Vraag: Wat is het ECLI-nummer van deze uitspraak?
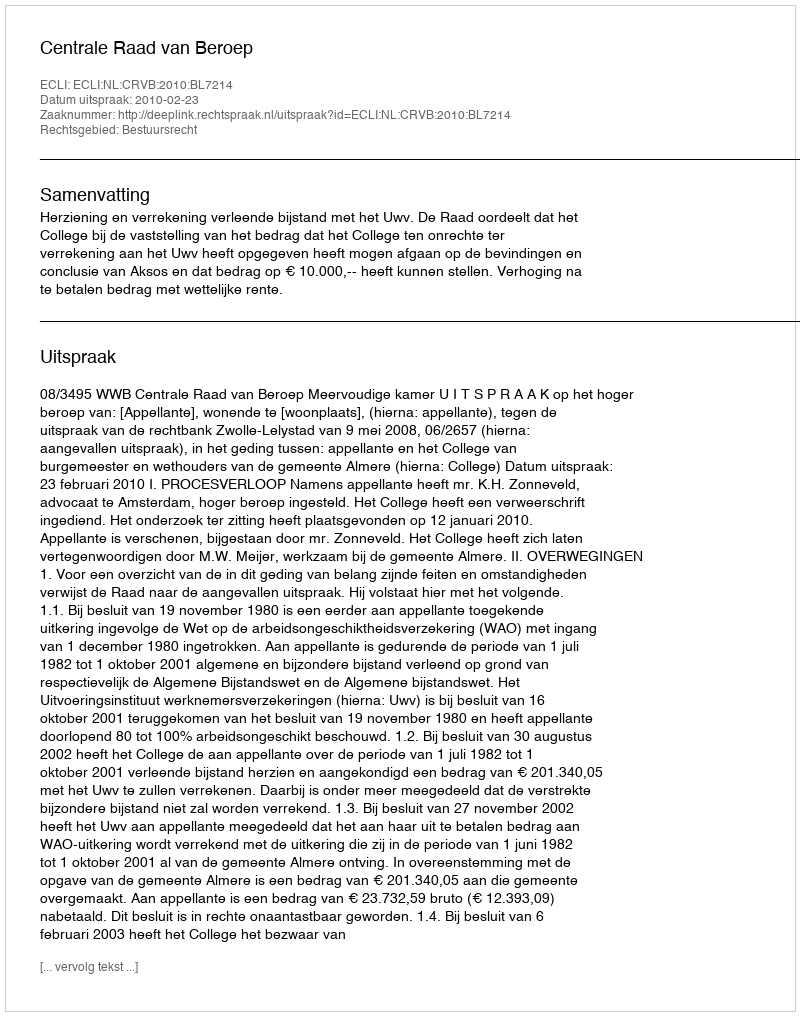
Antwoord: ECLI:NL:CRVB:2010:BL7214